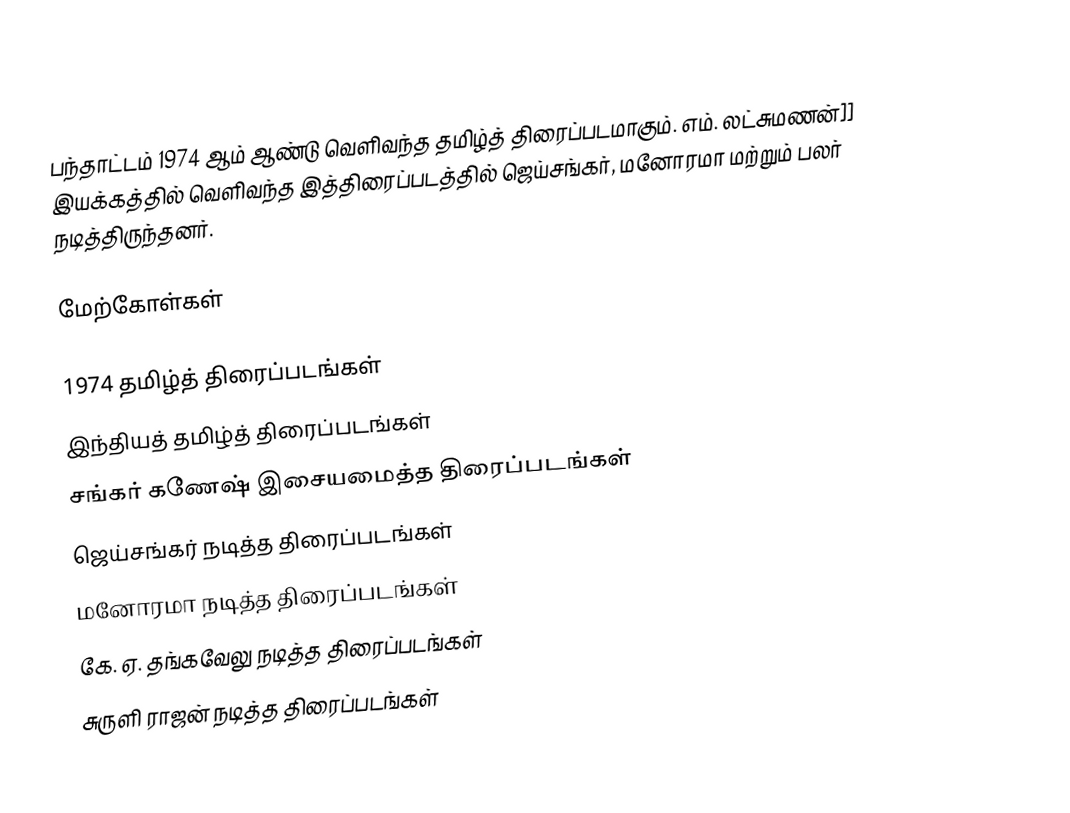
பந்தாட்டம் 1974 ஆம் ஆண்டு வெளிவந்த தமிழ்த் திரைப்படமாகும். எம். லட்சுமணன்]] இயக்கத்தில் வெளிவந்த இத்திரைப்படத்தில் ஜெய்சங்கர், மனோரமா மற்றும் பலர் நடித்திருந்தனர்.

மேற்கோள்கள்

1974 தமிழ்த் திரைப்படங்கள்
இந்தியத் தமிழ்த் திரைப்படங்கள்
சங்கர் கணேஷ் இசையமைத்த திரைப்படங்கள்
ஜெய்சங்கர் நடித்த திரைப்படங்கள்
மனோரமா நடித்த திரைப்படங்கள்
கே. ஏ. தங்கவேலு நடித்த திரைப்படங்கள்
சுருளி ராஜன் நடித்த திரைப்படங்கள்